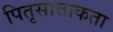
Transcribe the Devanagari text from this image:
पितृसात्ताकता